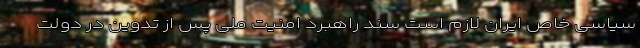
سیاسی خاص ایران لازم است سند راهبرد امنیت ملی پس از تدوین در دولت